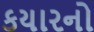
કયારનો